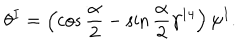
\theta ^ { I } = \left( \cos \frac { \alpha } { 2 } - \sin \frac { \alpha } { 2 } \gamma ^ { 1 4 } \right) \psi ^ { I } .